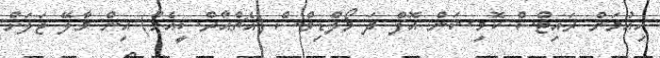
ހިއުމަން ރައިޓްސް ކޮމިޝަން އޮފް ދަ މޯލްޑިވްސް (އެޗްއާރްސީއެމް) އިން މާލޭ ޖަލަށް